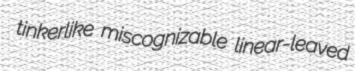
tinkerlike miscognizable linear-leaved